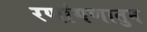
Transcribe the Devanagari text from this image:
रणांगणातुन